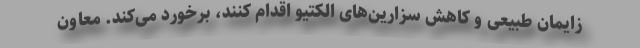
زایمان طبیعی و کاهش سزارین‌های الکتیو اقدام کنند، برخورد می‌کند. معاون